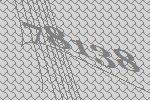
78138